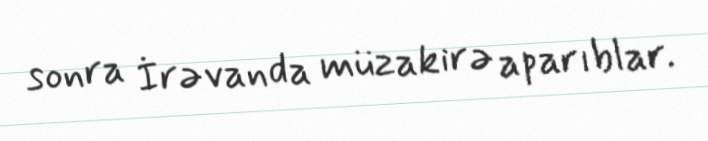
sonra İrəvanda müzakirə aparıblar.